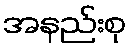
အနည်းစု